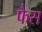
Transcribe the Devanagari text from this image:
फैस